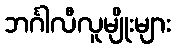
ဘင်္ဂါလီလူမျိုးများ